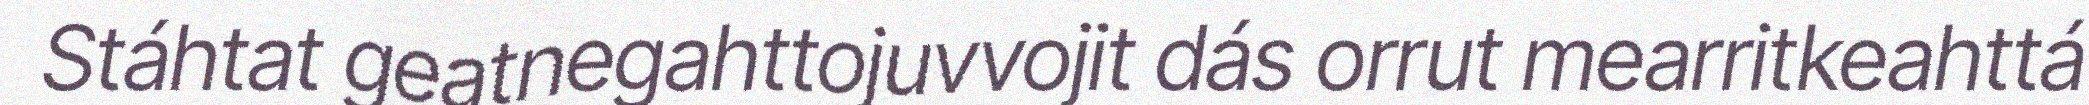
Stáhtat geatnegahttojuvvojit dás orrut mearritkeahttá